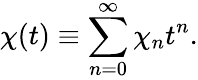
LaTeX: \chi(t)\equiv\sum_{n=0}^{\infty}\chi_{n}t^{n}.